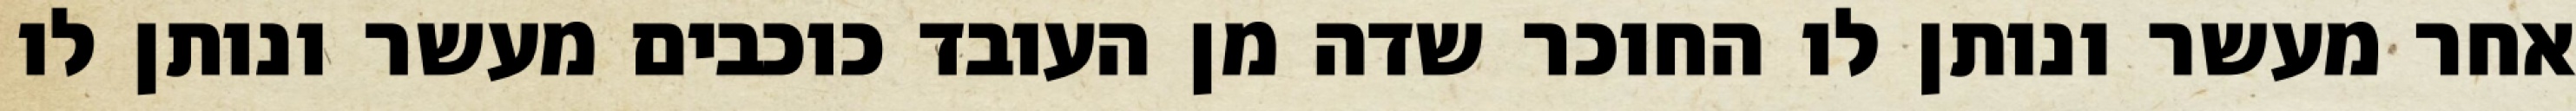
אחר מעשר ונותן לו החוכר שדה מן העובד כוכבים מעשר ונותן לו